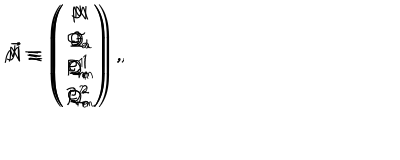
\vec { M } \equiv \left( \begin{array} { c } { { M } } \\ { { { \cal Q } _ { d } } } \\ { { { \cal Q } _ { e } ^ { 1 } } } \\ { { { \cal Q } _ { e } ^ { 2 } } } \\ \end{array} \right) \, , \hspace { 1 c m } \vec { N } \equiv \left( \begin{array} { c } { { N } } \\ { { { \cal Q } _ { a } } } \\ { { { \cal Q } _ { m } ^ { 1 } } } \\ { { { \cal Q } _ { m } ^ { 2 } } } \\ \end{array} \right) \, , \hspace { 1 c m } \vec { J } \equiv \left( \begin{array} { c } { { J } } \\ { { { \cal F } } } \\ { { { \cal P } _ { m } ^ { 1 } } } \\ { { { \cal P } _ { m } ^ { 2 } } } \\ \end{array} \right) \, ,